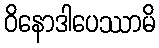
ဝိနောဒါပေဿာမိ